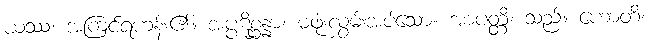
ယဿ၊ အကြင်ရဟန်း၏။ အပ္ပဋိစ္ဆန္နာ၊ မဖုံးလွှမ်းအပ်သော။ အာပတ္တိ၊ သည်။ ဟောတိ၊